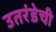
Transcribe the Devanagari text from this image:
उतरंडेची